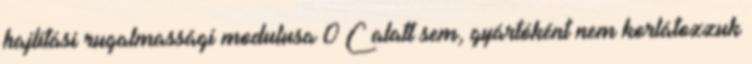
hajlítási rugalmassági modulusa 0°C alatt sem, gyártóként nem korlátozzuk